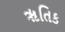
ૠતિક